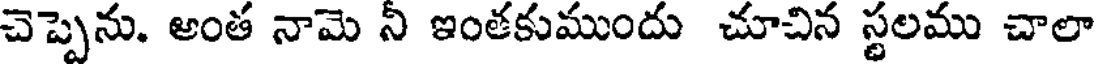
చెప్పెను. అంత నామె నీ ఇంతకుముందు చూచిన స్థలము చాలా